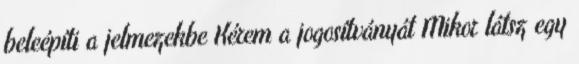
beleépíti a jelmezekbe Kérem a jogosítványát Mikor látsz egy